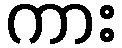
ကား